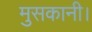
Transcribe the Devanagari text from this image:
मुसकानी।